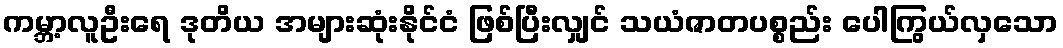
ကမ္ဘာ့လူဦးရေ ဒုတိယ အများဆုံးနိုင်ငံ ဖြစ်ပြီးလျှင် သယံဇာတပစ္စည်း ပေါကြွယ်လှသော